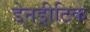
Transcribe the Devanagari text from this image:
डेनड्रीटिक